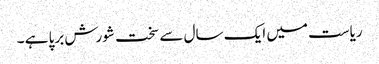
ریاست میں ایک سال سے سخت شورش برپا ہے ۔